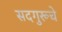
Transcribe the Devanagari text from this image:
सदगुरूचे